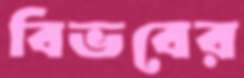
বিভবের